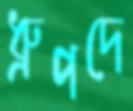
ধ্রুপদে